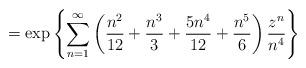
LaTeX: \begin{align*} = \exp\left\{ \sum_{n=1}^{\infty} \left( \frac{n^2}{12} + \frac{n^3}{3} + \frac{5 n^4}{12} + \frac{n^5}{6} \right) \frac{z^n}{n^4} \right\}\end{align*}